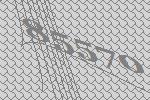
85570